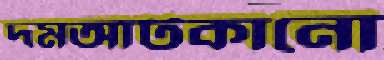
দমআটকানো